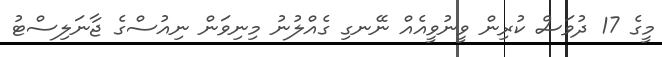
މީގެ 17 ދުވަސް ކުރިން ވީނުވީއެއް ނޭނގި ގެއްލުނު މިނިވަން ނިއުސްގެ ޖާނަލިސްޓު